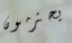
يحترمون